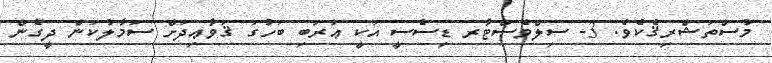
މުސްތަޝްރިޤެކެވެ. 3- ސިލްވެސްޓާރ ޑިސެސީ އަކީ ޢަރަބި ބަހުގަ ޤަވާޢިދަށް ސަމާލުކަން ދީގެން